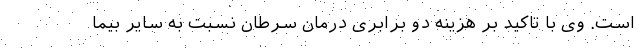
است. وی با تاکید بر هزینه دو برابری درمان سرطان نسبت به سایر بیما